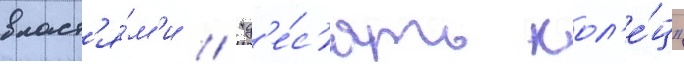
власт'я́м'и // "д'е́с'ять кол'е́ц"